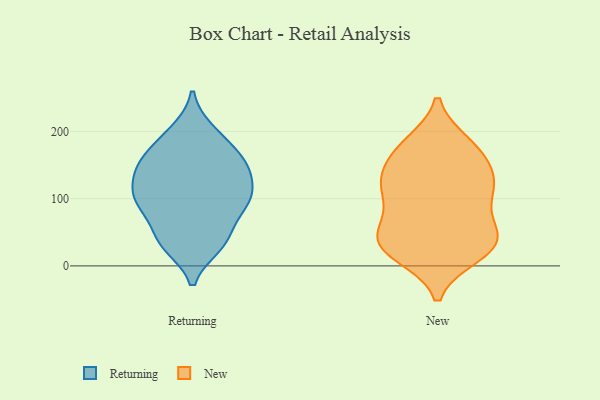
{"axis": {"x": "Demand Index", "y": "Value"}, "legend": ["New", "Returning"], "data": [{"x": "", "y": 88, "type": "Returning"}, {"x": "", "y": 110, "type": "Returning"}, {"x": "", "y": 184, "type": "Returning"}, {"x": "", "y": 109, "type": "Returning"}, {"x": "", "y": 154, "type": "Returning"}, {"x": "", "y": 151, "type": "Returning"}, {"x": "", "y": 89, "type": "Returning"}, {"x": "", "y": 200, "type": "Returning"}, {"x": "", "y": 94, "type": "Returning"}, {"x": "", "y": 38, "type": "Returning"}, {"x": "", "y": 31, "type": "Returning"}, {"x": "", "y": 152, "type": "Returning"}, {"x": "", "y": 40, "type": "Returning"}, {"x": "", "y": 136, "type": "Returning"}, {"x": "", "y": 136, "type": "New"}, {"x": "", "y": 48, "type": "New"}, {"x": "", "y": 168, "type": "New"}, {"x": "", "y": 108, "type": "New"}, {"x": "", "y": 34, "type": "New"}, {"x": "", "y": 128, "type": "New"}, {"x": "", "y": 170, "type": "New"}, {"x": "", "y": 101, "type": "New"}, {"x": "", "y": 135, "type": "New"}, {"x": "", "y": 43, "type": "New"}, {"x": "", "y": 26, "type": "New"}, {"x": "", "y": 22, "type": "New"}, {"x": "", "y": 16, "type": "New"}, {"x": "", "y": 105, "type": "New"}, {"x": "", "y": 182, "type": "New"}, {"x": "", "y": 181, "type": "New"}, {"x": "", "y": 25, "type": "New"}, {"x": "", "y": 61, "type": "New"}, {"x": "", "y": 58, "type": "New"}, {"x": "", "y": 121, "type": "New"}]}